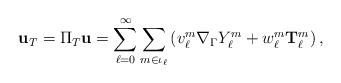
LaTeX: \begin{align*}\mathbf{u}_{T}=\Pi_{T}\mathbf{u}=\sum_{\ell=0}^{\infty}\sum_{m\in\iota_{\ell}}\left( v_{\ell}^{m}\nabla_{\Gamma}Y_{\ell}^{m}+w_{\ell}^{m}\mathbf{T}_{\ell}^{m}\right) , \end{align*}